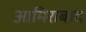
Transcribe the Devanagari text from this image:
आमिराबाद